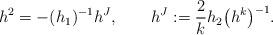
LaTeX: \begin{align*}h^2=-(h_1)^{-1}h^J,\qquad h^J:=\frac{2}{k}h_2\big(h^k\big)^{-1}. \end{align*}